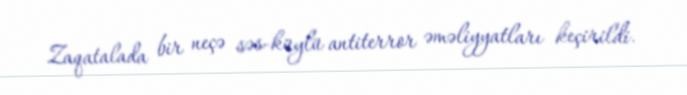
Zaqatalada bir neçə səs-küylü antiterror əməliyyatları keçirildi.